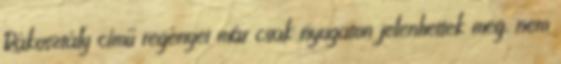
Rákosztály című regényei már csak nyugaton jelenhettek meg, nem